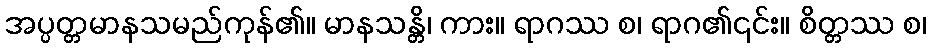
အပ္ပတ္တမာနသမည်ကုန်၏။ မာနသန္တိ၊ ကား။ ရာဂဿ စ၊ ရာဂ၏၎င်း။ စိတ္တဿ စ၊